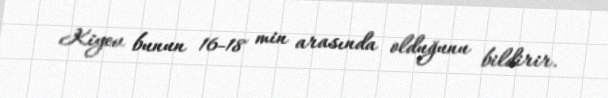
Kiyev bunun 16-18 min arasında olduğunu bildirir.